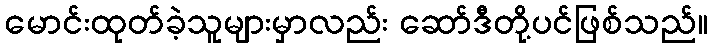
မောင်းထုတ်ခဲ့သူများမှာလည်း ဆော်ဒီတို့ပင်ဖြစ်သည်။